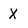
Character: X